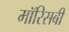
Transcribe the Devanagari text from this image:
मॉरिसबी